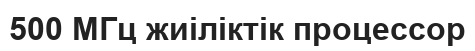
500 МГц жиіліктік процессор